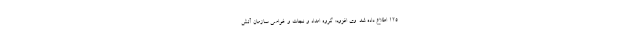
۱۲۵ اطلاع داده شد. وی افزود: گروه امداد و نجات و غواصی سازمان آتش